Lunatic asylums in Bengal annual reports 1912-1924 - 1912-1924
Year: 1912
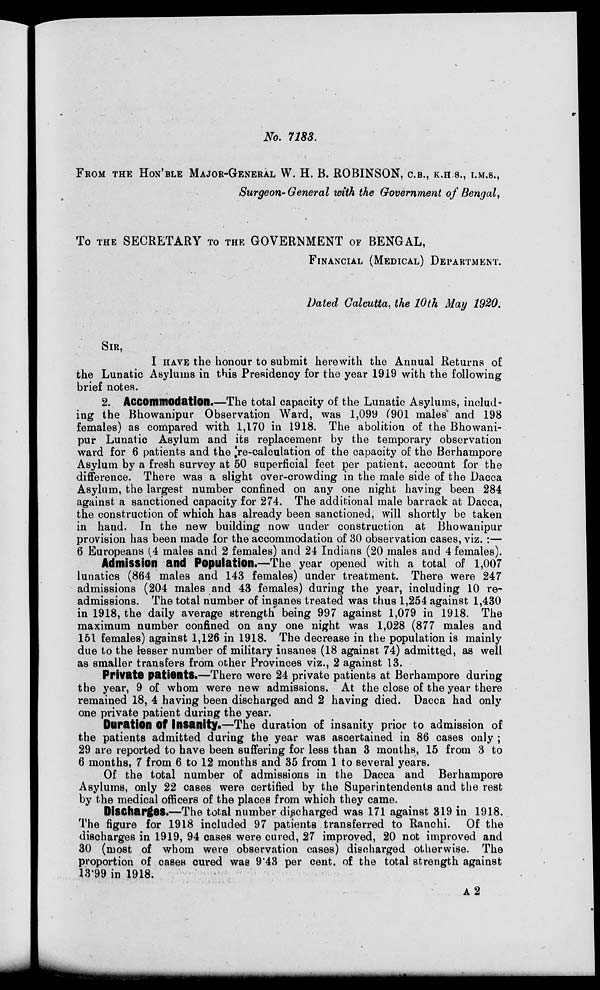
No. 7183.
FROM THE HON' BLE MAJOR-GENERAL W. H. B. ROBINSON, C. B., K.H.S., I.M.S.,
Surgeon- General with the Government of Bengal,
To THE SECRETARY TO THE GOVERNMENT OF BENGAL,
FINANCIAL (MEDICAL) DEPARTMENT.
Dated Calcutta, the 10th May 1920.
SIR,
I HAVE the honour to submit herewith the Annual Returns of
the Lunatic Asylums in this Presidency for the year 1919 with the following
brief notes.
2. Accommodation.—The total capacity of the Lunatic Asylums, includ-
ing the Bhowanipur Observation Ward, was 1,099 (901 males and 198
females) as compared with 1,170 in 1918. The abolition of the Bhowani-
pur Lunatic Asylum and its replacement by the temporary observation
ward for 6 patients and the re-calculation of the capacity of the Berhampore
Asylum by a fresh survey at 50 superficial feet per patient, account for the
difference. There was a slight over-crowding in the male side of the Dacca
Asylum, the largest number confined on any one night having been 284
against a sanctioned capacity for 274. The additional male barrack at Dacca,
the construction of which has already been sanctioned, will shortly be taken
in hand. In the new building now under construction at Bhowanipur
provision has been made for the accommodation of 30 observation cases, viz. :—
6 Europeans (4 males and 2 females) and 24 Indians (20 males and 4 females).
Admission and Population.—The year opened with a total of 1,007
lunatics (864 males and 143 females) under treatment. There were 247
admissions (204 males and 43 females) during the year, including 10 re-
admissions. The total number of insanes treated was thus 1,254 against 1,430
in 1918, the daily average strength being 997 against 1,079 in 1918. The
maximum number confined on any one night was 1,028 (877 males and
151 females) against 1,126 in 1918. The decrease in the population is mainly
due to the lesser number of military insanes (18 against 74) admitted, as well
as smaller transfers from other Provinces viz., 2 against 13.
Private patients.—There were 24 private patients at Berhampore during
the year, 9 of whom were new admissions. At the close of the year there
remained 18, 4 having been discharged and 2 having died. Dacca had only
one private patient during the year.
Duration of Insanity.—The duration of insanity prior to admission of
the patients admitted during the year was ascertained in 86 cases only ;
29 are reported to have been suffering for less than 3 months, 15 from 3 to
6 months, 7 from 6 to 12 months and 35 from 1 to several years.
Of the total number of admissions in the Dacca and Berhampore
Asylums, only 22 cases were certified by the Superintendents and the rest
by the medical officers of the places from which they came.
Discharges.—The total number discharged was 171 against 319 in 1918.
The figure for 1918 included 97 patients transferred to Ranchi. Of the
discharges in 1919, 94 cases were cured, 27 improved, 20 not improved and
30 (most of whom were observation cases) discharged otherwise. The
proportion of cases cured was 9.43 per cent. of the total strength against
13.99 in 1918.
A 2